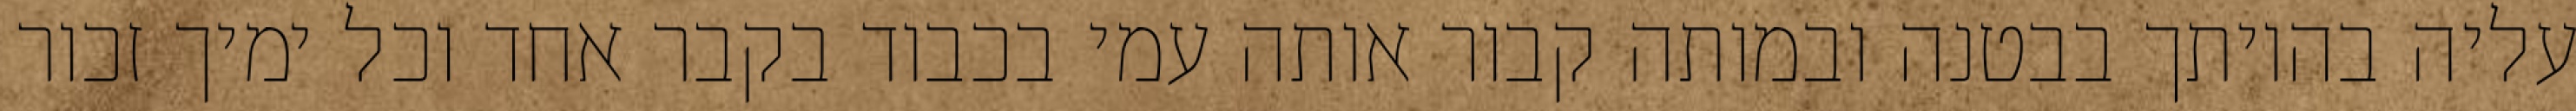
עליה בהיותך בבטנה ובמותה קבור אותה עמי בכבוד בקבר אחד וכל ימיך זכור